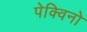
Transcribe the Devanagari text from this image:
पेक्विनो